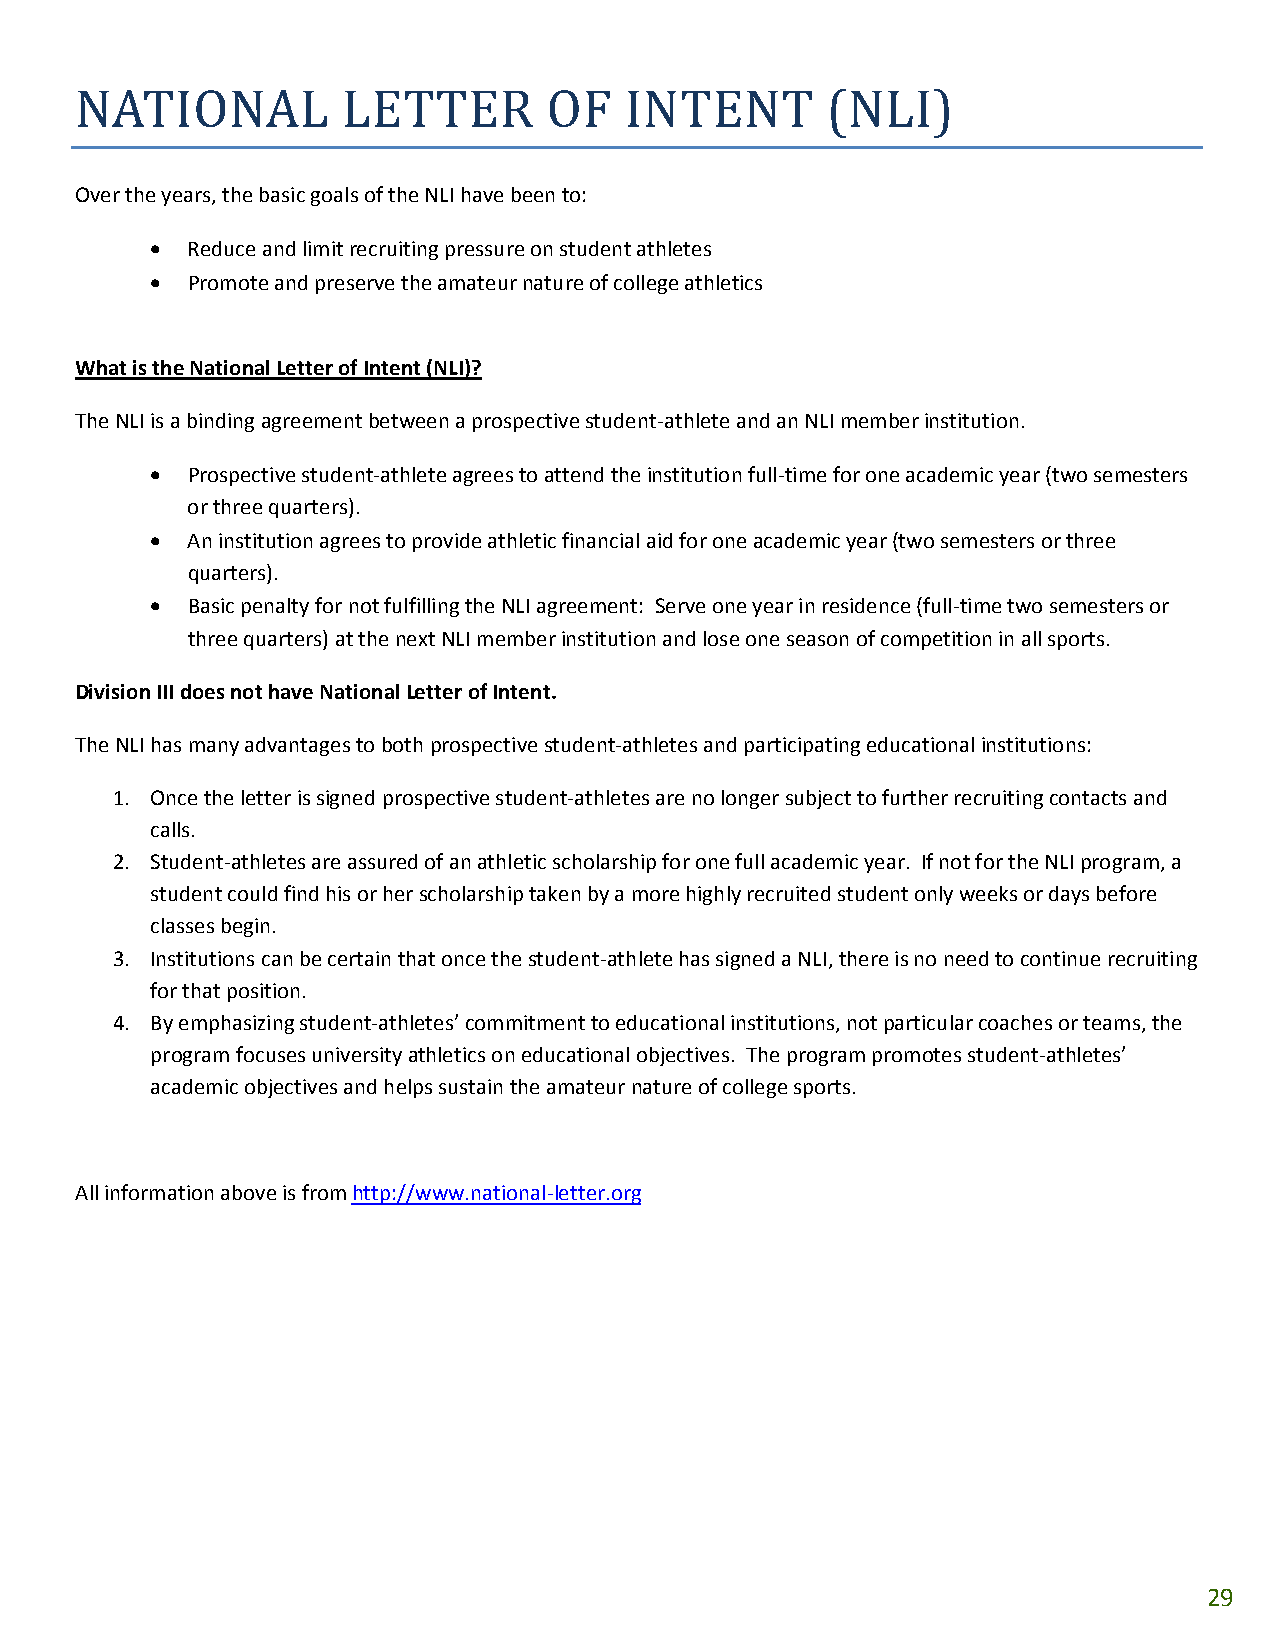
NATIONAL          LETTER       OF   INTENT        (NLI)
 Over the years, the basic goals of the NLI have been to:
 • Reduce and limit recruiting pressure on student athletes
 • Promote and preserve the amateur nature of college athletics
 What is the National Letter of Intent (NLI)?
 The NLI is a binding agreement between a prospective student‐athlete and an NLI member institution.
 • Prospective student‐athlete agrees to attend the institution full‐time for one academic year (two semesters
 or three quarters).
 • An institution agrees to provide athletic financial aid for one academic year (two semesters or three
 quarters).
 • Basic penalty for not fulfilling the NLI agreement: Serve one year in residence (full‐time two semesters or
 three quarters) at the next NLI member institution and lose one season of competition in all sports.
 Division III does not have National Letter of Intent.
 The NLI has many advantages to both prospective student‐athletes and participating educational institutions:
 1. Once the letter is signed prospective student‐athletes are no longer subject to further recruiting contacts and
 calls.
 2. Student‐athletes are assured of an athletic scholarship for one full academic year. If not for the NLI program, a
 student could find his or her scholarship taken by a more highly recruited student only weeks or days before
 classes begin.
 3. Institutions can be certain that once the student‐athlete has signed a NLI, there is no need to continue recruiting
 for that position.
 4. By emphasizing student‐athletes’ commitment to educational institutions, not particular coaches or teams, the
 program focuses university athletics on educational objectives. The program promotes student‐athletes’
 academic objectives and helps sustain the amateur nature of college sports.
 All information above is from http://www.national‐letter.org
 29